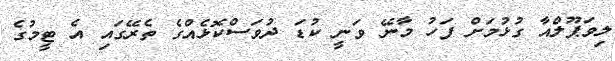
ލިވަޕޫލްއާ ގުޅުމަށް ފަހު މާނޭ ވަނީ ކުޑަ ދުވަސްކޮޅެއްގެ ތެރޭގައި އެ ޓީމުގެ